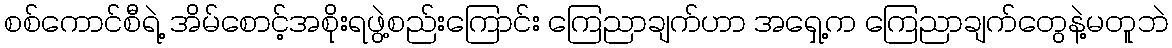
စစ်ကောင်စီရဲ့ အိမ်စောင့်အစိုးရဖွဲ့စည်းကြောင်း ကြေညာချက်ဟာ အရှေ့က ကြေညာချက်တွေနဲ့မတူဘဲ